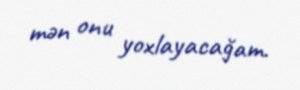
mən onu yoxlayacağam.